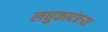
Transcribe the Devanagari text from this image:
लघुकादंबर्‍या